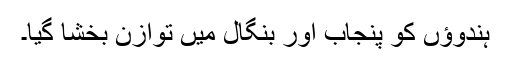
ہندوؤں کو پنجاب اور بنگال میں توازن بخشا گیا۔